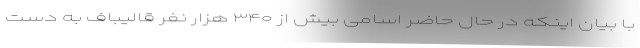
با بیان اینکه در حال حاضر اسامی بیش از ۳۴۰ هزار نفر قالیباف به دست